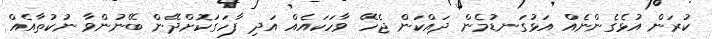
ކުރަން އުޅެގެންނެއް އަޅުގަނޑުމެން ދައްކަން ޖެހޭ ވާހަކައެއް އަދި ފާހަގަކޮށްދޭން ބޭނުންވާ ނުކުތާއެއް